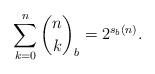
LaTeX: \begin{align*}\sum_{k=0}^{n}\binom{n}{k}_b = 2^{s_b(n)}.\end{align*}